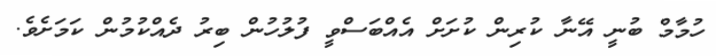
ހުމާމް ބުނީ އޭނާ ކުރިން ކުށަށް އެއްބަސްވީ ފުލުހުން ބިރު ދެއްކުމުން ކަމަށެވެ.